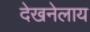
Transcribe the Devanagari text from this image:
देखनेलाय